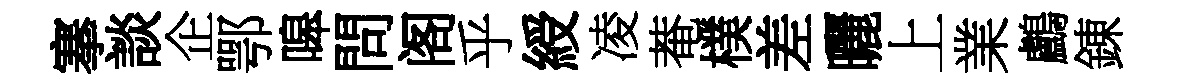
搴談企鄂嗥問阁乎綬凌菴樸差曬上業鸕錬